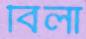
বিলা